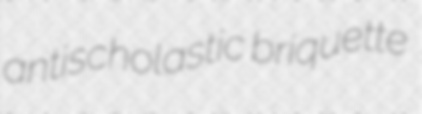
antischolastic briquette